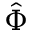
\hat { \Phi }